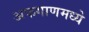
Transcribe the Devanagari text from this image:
अफगाणमध्ये